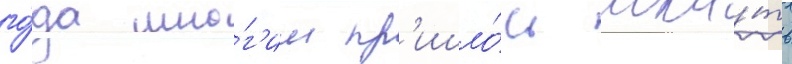
го́да мно́г'им пр'ишло́сь иска́ть